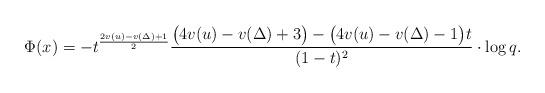
LaTeX: \begin{align*}\Phi(x)=-t^{\frac{2v(u)-v(\Delta)+1}{2}} \frac{ \bigl(4v(u)-v(\Delta)+3\bigr)-\bigl(4v(u)-v(\Delta)-1\bigr) t}{(1 - t)^2}\cdot \log q.\end{align*}